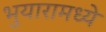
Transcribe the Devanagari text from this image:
भुयारामध्ये